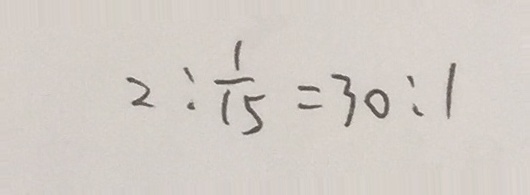
2 : \frac { 1 } { 1 5 } = 3 0 : 1